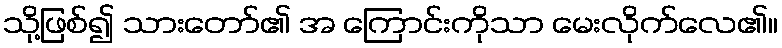
သို့ဖြစ်၍ သားတော်၏ အ ကြောင်းကိုသာ မေးလိုက်လေ၏။